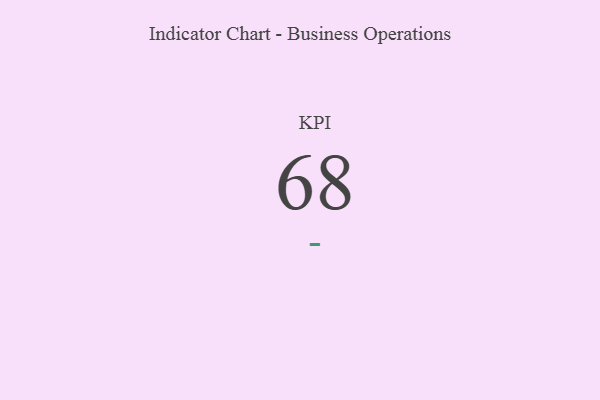
{"axis": {"x": "KPI", "y": "Value"}, "legend": [""], "data": [{"x": "KPI", "y": 68, "type": ""}]}